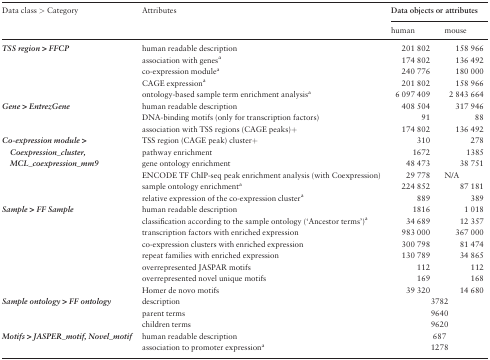
<table><thead><tr><td><b>Data class &gt; Category</b></td><td><b>Attributes</b></td><td colspan="2"><b>Data objects or attributes</b></td></tr><tr><td></td><td></td><td><b>human</b></td><td><b>mouse</b></td></tr></thead><tbody><tr><td rowspan="5"><b><i>TSS region &gt; FFCP</i></b></td><td>human readable description</td><td>201 802</td><td>158 966</td></tr><tr><td>association with genes<sup>a</sup></td><td>174 802</td><td>136 492</td></tr><tr><td>co-expression module<sup>a</sup></td><td>240 776</td><td>180 000</td></tr><tr><td>CAGE expression<sup>a</sup></td><td>201 802</td><td>158 966</td></tr><tr><td>ontology-based sample term enrichment analysis<sup>a</sup></td><td>6 097 409</td><td>2 843 664</td></tr><tr><td rowspan="3"><b><i>Gene &gt; EntrezGene</i></b></td><td>human readable description</td><td>408 504</td><td>317 946</td></tr><tr><td>DNA-binding motifs (only for transcription factors)</td><td>91</td><td>88</td></tr><tr><td>association with TSS regions (CAGE peaks)+</td><td>174 802</td><td>136 492</td></tr><tr><td rowspan="6"><b><i>Co-expression module</i><i>&gt; Coexpression_cluster, MCL_coexpression_mm9</i></b></td><td>TSS region (CAGE peak) cluster+</td><td>310</td><td>278</td></tr><tr><td>pathway enrichment</td><td>1672</td><td>1385</td></tr><tr><td>gene ontology enrichment</td><td>48 473</td><td>38 751</td></tr><tr><td>ENCODE TF ChIP-seq peak enrichment analysis (with Coexpression)</td><td>29 778</td><td>N/A</td></tr><tr><td>sample ontology enrichment<sup>a</sup></td><td>224 852</td><td>87 181</td></tr><tr><td>relative expression of the co-expression cluster<sup>a</sup></td><td>889</td><td>389</td></tr><tr><td rowspan="8"><b><i>Sample &gt; FF Sample</i></b></td><td>human readable description</td><td>1816</td><td>1 018</td></tr><tr><td>classification according to the sample ontology (‘Ancestor terms’)<sup>a</sup></td><td>34 689</td><td>12 357</td></tr><tr><td>transcription factors with enriched expression</td><td>983 000</td><td>367 000</td></tr><tr><td>co-expression clusters with enriched expression</td><td>300 798</td><td>81 474</td></tr><tr><td>repeat families with enriched expression</td><td>130 789</td><td>34 865</td></tr><tr><td>overrepresented JASPAR motifs</td><td>112</td><td>112</td></tr><tr><td>overrepresented novel unique motifs</td><td>169</td><td>168</td></tr><tr><td>Homer de novo motifs</td><td>39 320</td><td>14 680</td></tr><tr><td rowspan="3"><b><i>Sample ontology &gt; FF ontology</i></b></td><td>description</td><td colspan="2">3782</td></tr><tr><td>parent terms</td><td colspan="2">9640</td></tr><tr><td>children terms</td><td colspan="2">9620</td></tr><tr><td rowspan="2"><b><i>Motifs &gt; JASPER_motif, Novel_motif</i></b></td><td>human readable description</td><td colspan="2">687</td></tr><tr><td>association to promoter expression<sup>a</sup></td><td colspan="2">1278</td></tr></tbody></table>